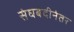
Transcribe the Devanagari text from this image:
संघबंदीनंतर